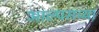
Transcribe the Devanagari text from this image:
आल्पसच्या